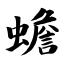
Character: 蟾